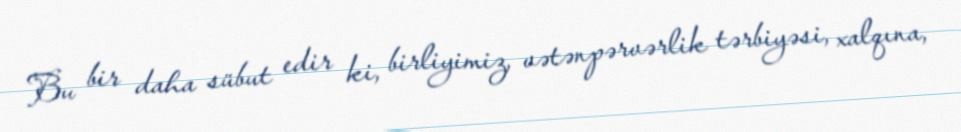
Bu bir daha sübut edir ki, birliyimiz, vətənpərvərlik tərbiyəsi, xalqına,